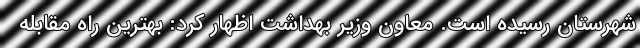
شهرستان رسیده است. معاون وزیر بهداشت اظهار کرد: بهترین راه مقابله